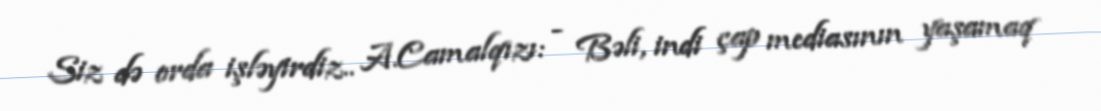
Siz də orda işləyirdiz.. A.Camalqızı: - Bəli, indi çap mediasının yaşamaq